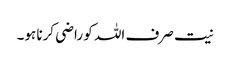
نیت صرف اللہ کو راضی کرنا ہو۔